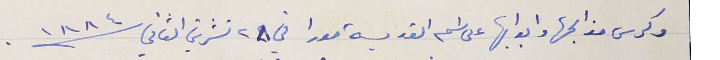
وكرس مذابحها وابوابها على اسم القديسة مورا في ٢٨ تشرين الثاني سنة ١٨٨٤ .